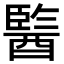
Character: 𨢒